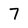
Character: 7